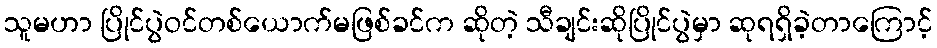
သူမဟာ ပြိုင်ပွဲဝင်တစ်ယောက်မဖြစ်ခင်က ဆိုတဲ့ သီချင်းဆိုပြိုင်ပွဲမှာ ဆုရရှိခဲ့တာကြောင့်